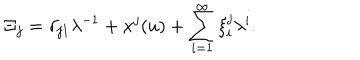
\Xi _ { j } = \delta _ { j 1 } \lambda ^ { - 1 } + x ^ { j } ( u ) + \sum _ { i = 1 } ^ { \infty } \xi _ { i } ^ { j } \lambda ^ { i } .